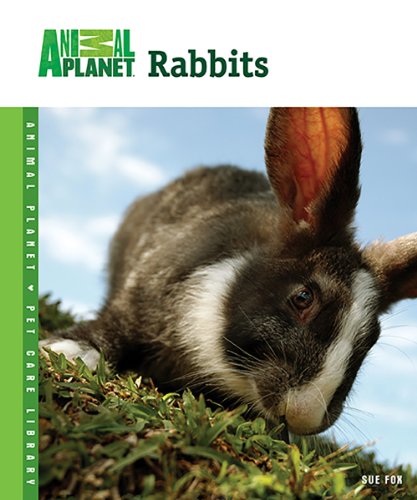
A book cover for Rabbits (Animal PlanetÂ® Pet Care Library); Sue Fox; Crafts, Hobbies & Home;